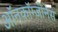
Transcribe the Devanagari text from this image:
ऑनकॉग्जीनेस